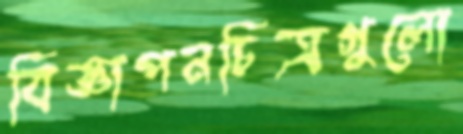
বিজ্ঞাপনচিত্রগুলো